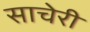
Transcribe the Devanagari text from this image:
साचेरी